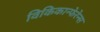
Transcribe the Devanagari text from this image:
विकिकान्फेरेन्स